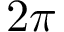
2 \pi